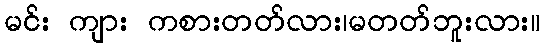
မင်း ကျား ကစားတတ်လား၊မတတ်ဘူးလား။